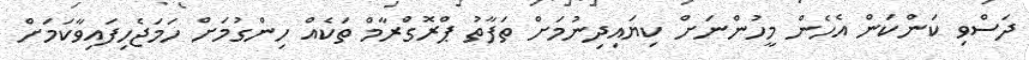
ދަސްވި ކަންކަން އެހެން މީހުންނަށް ކިޔައިދިނުމަށް ތަފާތު ޕްރޮގްރާމް ތަކެއް ހިންގުމަށް ހަމަޖެހިފައިވާކަމަށް